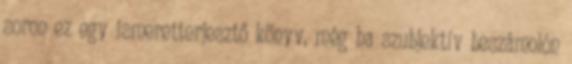
soron ez egy ismeretterjesztő könyv, még ha szubjektív beszámolón